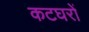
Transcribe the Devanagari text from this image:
कटघरों